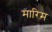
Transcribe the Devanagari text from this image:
मारिम